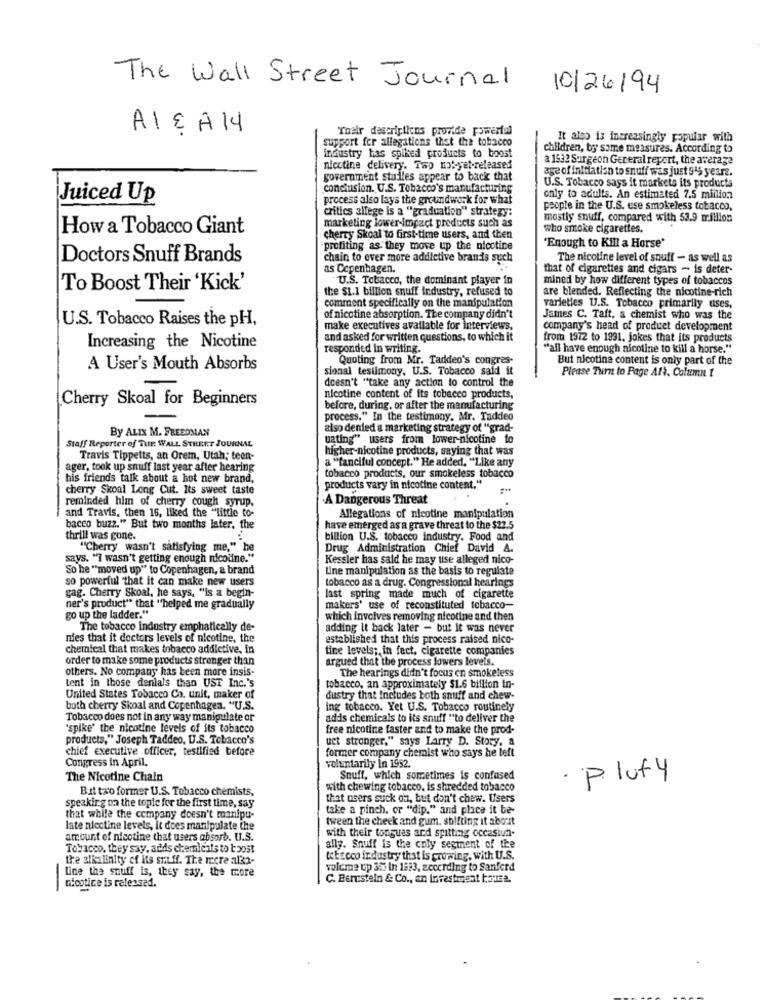
The Wall Street Journal
10/26/94
ALEA14
Their descriptions provide powerful
support for allegations that the tobacco
It also is increasingly popular with
children, by some measures. According to
industry has spiked products to boost
a 1532 Surgeon General report, the average
nicotine delivery. Two not-yet-released
age of initiation to snuff was just 915 years.
government studies appear to back that
conclusion. U.S. Tobacco's manufacturing
U.S. Tobacco says it markets its products
Juiced Up
process also lays the groundwork for what
only to adults. An estimated 7.5 million
critics allege is a "graduation" strategy:
people in the U.S. use smokeless tobacco,
marketing lower-impact products such as
mostly snuff, compared with 53.9 million
How a Tobacco Giant
who smoke cigarettes.
cherry Skoal to first-time users, and then
profiting as they move up the nicotine
"Enough to Kill a Horse'
Doctors Snuff Brands
chain to ever more addictive brands such
The nicotine level of snuff - as well as
as Copenhagen.
that of cigarettes and cigars - is deter-
U.S. Tobacco, the dominant player in
mined by how different types of tobaccos
To Boost Their 'Kick'
are blended. Reflecting the nicotine-rich
the $1.1 billion snuff industry, refused to
comment specifically on the manipulation
varieties U.S. Tobacco primarily uses,
U.S. Tobacco Raises the pH,
of nicotine absorption. The company didn't
James C. Taft, a chemist who was the
make executives available for interviews,
company's head of product development
Increasing the Nicotine
and asked for written questions, to which it
from 1972 to 1931, jokes that its products
responded in writing.
"all have enough nicotine to kill a horse."
Quoting from Mr. Taddeo's congres-
But nicotine content is only part of the
A User's Mouth Absorbs
sional testimony, U.S. Tobacco said it
Please Turn to Page All. Column 1
doesn't "take any action to control the
Cherry Skoal for Beginners
nicotine content of its tobacco products,
before, during, or after the manufacturing
process." In the testimony. Mr. Taddeo
By ALIX M. FREEDMAN
also denied a marketing strategy of "grad-
Staff Reporter of THE WALL STREET JOURNAL
uating" users from lower-nicotine to
higher-nicotine products, saying that was
Travis Tippetts, at Orem, Utah; teen-
ager, took up snuff last year after hearing
a ""fanciful concept." He added, "Like any
his friends talk about a hot new brand,
tobacco products, our smokeless tobacco
cherry Skoal Long Cut. Its sweet taste
products vary in nicotine content."
reminded him of cherry cough syrup.
A Dangerous Threat
and Travis, then 16, liked the "little to-
Allegations of nicotine manipulation
bacco buzz." But two months later, the
have emerged as a grave threat to the $22.5
thrill was gone.
billion U.S. tobacco industry. Food and
"Cherry wasn't satisfying me," he
Drug Administration Chief David A.
says. "I wasn't getting enough nicotine."
Kessler has said he may use alleged nico-
So he "moved up" to Copenhagen, a brand
Line manipulation as the basis to regulate
so powerful that it can make new users
tobacco as a drug. Congressional hearings
gag. Cherry Skoal, he says, "is a begin-
last spring made much of cigarette
ner's product" that "helped me gradually
makers' use of reconstituted tobacco-
go up the ladder."
which involves removing nicotine and then
The tobacco industry emphatically de-
adding It back later - but it was never
nies that it doctors levels of nicotine, the
established that this process raised nico-
chemical that makes tobacco addictive, in
tine levels ;, in fect, cigarette companies
order to make some products stronger than
argued that the process lowers levels.
others. No company has been more insis-
The hearings didn't focus on smokeless
tent in those denials than UST Inc.'s
tobacco, an approximately $1.6 billion in-
United States Tobacco Co. unit, maker of
dustry that Includes both snuff and chew-
both cherry Skoal and Copenhagen. "U.S.
ing tobacco. Yet U.S. Tobacco routinely
Tobacco does not in any way manipulate or
ad'is chemicals to its snuff "to deliver the
"spike' the nicotine levels of its tobacco
free nicotine faster and to make the prod-
products," Joseph Taddeo, U.S. Tobacco's
uct stronger," says Larry D. Story, a
chief executive officer, testified before
Congress in April.
former company chemist who says he left
voluntarily In 1992.
The Nicotine Chain
Souff, which sometimes is confused
· Plufy
11
But txo former U.S. Tobacco chemists,
with chewing tobacco. is shredded tobacco
that users suck on, but don't chew. Users
speaking on the topic for the first time, say
take a pinch. or "dip." and place it be-
that while the company doesn't manipu-
tween the cheek and gum. shifting it about
late nicotine levels, It does manipulate the
amount of nicotine that users absorb. U.S.
with their tonguas and spitting occasiun-
Tobacco, they say, adds chemicals to boost
ally. Snuff is the only segment of the
the alkalinity of its sm ff. The mere alka-
te Eccco industry that is growing. with U.S.
line the snuff is, they say, the more
volume up 35% In 1993, zecerding to Sanford
C. Benstein & Co ., an investment borsa.
-
nicotine is released.